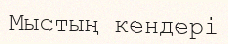
Мыстың кендері